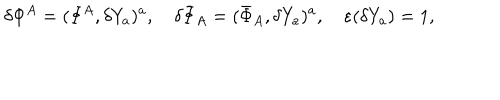
\delta \Phi ^ { A } = ( \Phi ^ { A } , \delta Y _ { a } ) ^ { a } , \quad \delta \bar { \Phi } _ { A } = ( \bar { \Phi } _ { A } , \delta Y _ { a } ) ^ { a } , \quad \varepsilon ( \delta Y _ { a } ) = 1 ,